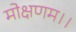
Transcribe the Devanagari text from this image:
मोक्षणम।।